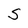
Character: S